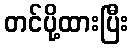
တင်ပို့ထားပြီး